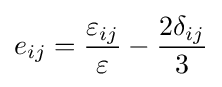
e_{ij}={\frac {\varepsilon _{ij}}{\varepsilon }}-{\frac {2\delta _{ij}}{3}}